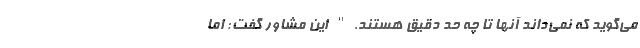
می‌گوید که نمی‌داند آنها تا چه حد دقیق هستند." این مشاور گفت: اما